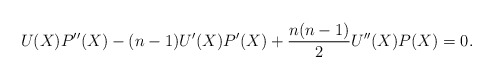
\begin{align*}U(X) P''(X) - (n-1)U'(X)P'(X) + \frac{n(n-1)}{2} U''(X)P(X) = 0. \end{align*}